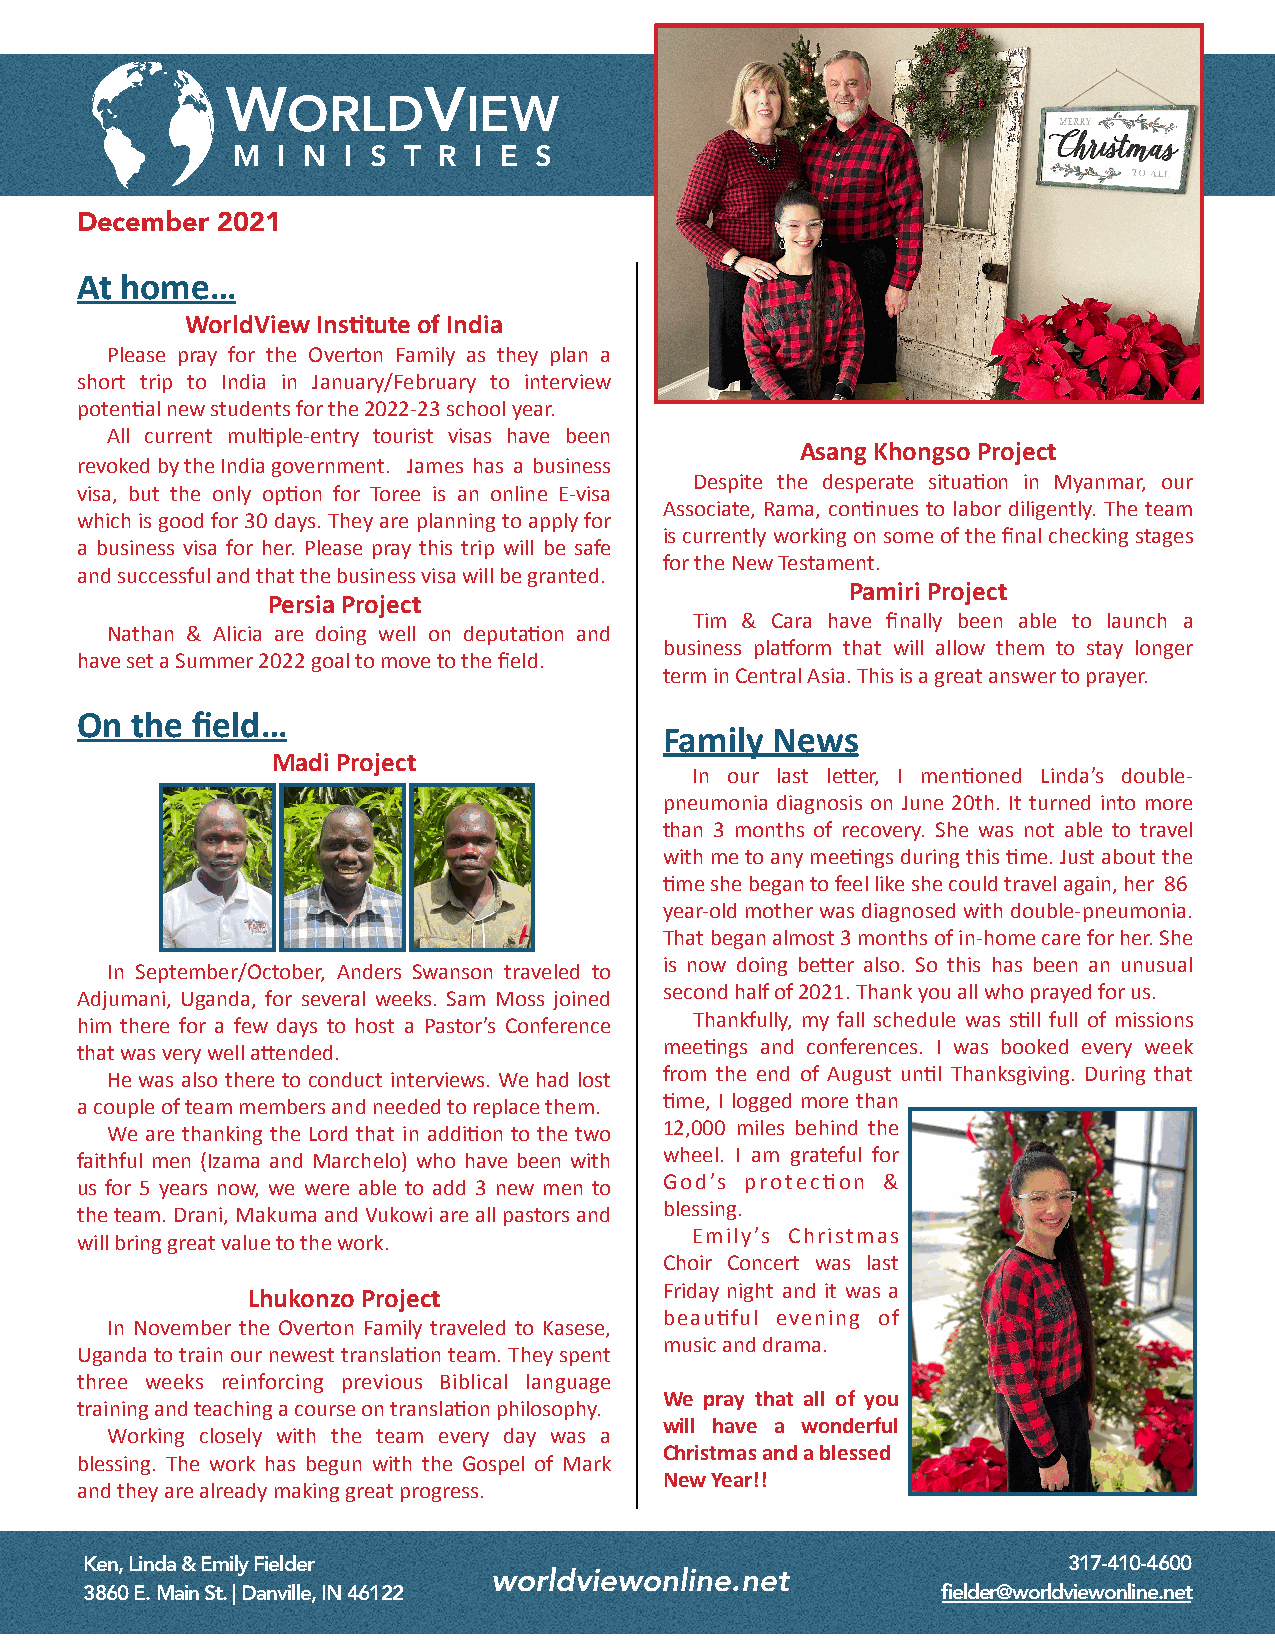
W            V
 ORLD        IEW
 M  I N  I S T R I E S
 December 2021
 At home…
 WorldView Ins3tute of India
 Please pray for the Overton Family as they plan a
 short trip to India in January/February to interview
 poten;al new students for the 2022-23 school year.
 All current mul;ple-entry tourist visas have been
 Asang Khongso Project
 revoked by the India government. James has a business
 Despite the desperate situa;on in Myanmar, our
 visa, but the only op;on for Toree is an online E-visa
 Associate, Rama, con;nues to labor diligently. The team
 which is good for 30 days. They are planning to apply for
 is currently working on some of the final checking stages
 a business visa for her. Please pray this trip will be safe
 for the New Testament.
 and successful and that the business visa will be granted.
 Pamiri Project
 Persia Project
 Tim & Cara have finally been able to launch a
 Nathan & Alicia are doing well on deputa;on and
 business pla_orm that will allow them to stay longer
 have set a Summer 2022 goal to move to the field.
 term in Central Asia. This is a great answer to prayer.
 On  the field…
 Family News
 Madi Project
 In our last leQer, I men;oned Linda’s double-
 pneumonia diagnosis on June 20th. It turned into more
 than 3 months of recovery. She was not able to travel
 with me to any mee;ngs during this ;me. Just about the
 ;me she began to feel like she could travel again, her 86
 year-old mother was diagnosed with double-pneumonia.
 That began almost 3 months of in-home care for her. She
 In September/October, Anders Swanson traveled to is now doing beQer also. So this has been an unusual
 Adjumani, Uganda, for several weeks. Sam Moss joined second half of 2021. Thank you all who prayed for us.
 him there for a few days to host a Pastor’s Conference Thankfully, my fall schedule was s;ll full of missions
 that was very well aQended.            mee;ngs and conferences. I was booked every week
 He was also there to conduct interviews. We had lost from the end of August un;l Thanksgiving. During that
 a couple of team members and needed to replace them. ;me, I logged more than
 We are thanking the Lord that in addi;on to the two 12,000 miles behind the
 faithful men (Izama and Marchelo) who have been with wheel. I am grateful for
 us for 5 years now, we were able to add 3 new men to God’s protec;on &
 the team. Drani, Makuma and Vukowi are all pastors and blessing.
 will bring great value to the work.      Emily’s Christmas
 Choir Concert was last
 Friday night and it was a
 Lhukonzo Project
 beau;ful evening of
 In November the Overton Family traveled to Kasese,
 music and drama.
 Uganda to train our newest transla;on team. They spent
 three weeks reinforcing previous Biblical language
 We pray that all of you
 training and teaching a course on transla;on philosophy.
 will have a wonderful
 Working closely with the team every day was a
 Christmas and a blessed
 blessing. The work has begun with the Gospel of Mark
 New Year!!
 and they are already making great progress.
 Ken, Linda & Emily Fielder                                       317-410-4600
 worldviewonline.net
 3860 E. Main St. | Danville, IN 46122                   fielder@worldviewonline.net